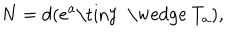
N = d ( e ^ { a } \mathrm { \tiny ~ \wedge ~ } T _ { a } ) ,